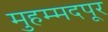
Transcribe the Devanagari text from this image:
मुहम्मदपूर